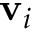
\mathbf { v } _ { i }